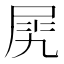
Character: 𡱧